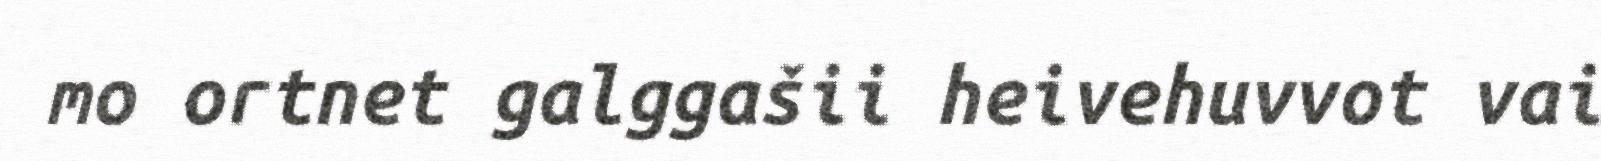
mo ortnet galggašii heivehuvvot vai